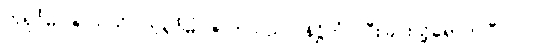
ကုရုင်္ဂမိဂဇာတကံ၊ ကုရုင်္ဂမိဂဇာတ်သည်။ နိဋ္ဌိတံ၊ ပြီးခြင်းသို့ရောက်ပြီ။ ၂၂၊